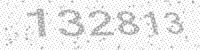
Solution: 132813